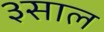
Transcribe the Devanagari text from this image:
३साल